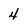
Character: 4